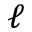
\ell